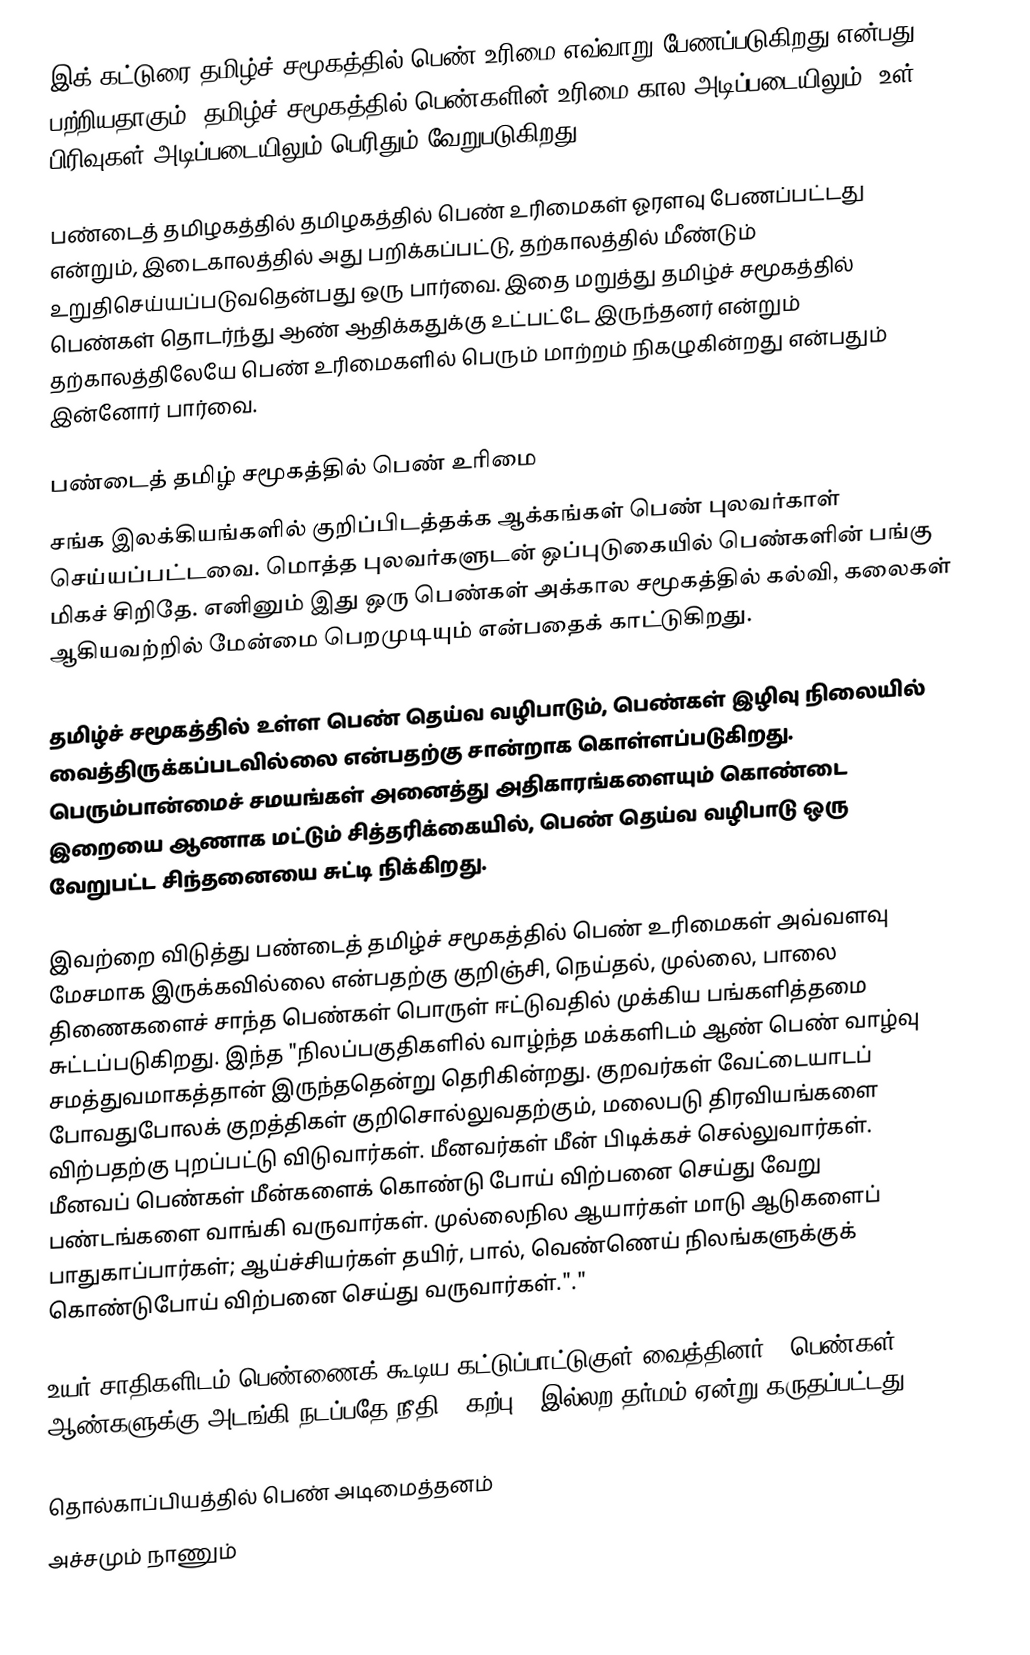
இக் கட்டுரை தமிழ்ச் சமூகத்தில் பெண் உரிமை எவ்வாறு பேணப்படுகிறது என்பது பற்றியதாகும்.  தமிழ்ச் சமூகத்தில் பெண்களின் உரிமை கால அடிப்படையிலும், உள் பிரிவுகள் அடிப்படையிலும் பெரிதும் வேறுபடுகிறது.

பண்டைத் தமிழகத்தில் தமிழகத்தில் பெண் உரிமைகள் ஓரளவு பேணப்பட்டது என்றும், இடைகாலத்தில் அது பறிக்கப்பட்டு, தற்காலத்தில் மீண்டும் உறுதிசெய்யப்படுவதென்பது ஒரு பார்வை.  இதை மறுத்து தமிழ்ச் சமூகத்தில் பெண்கள் தொடர்ந்து ஆண் ஆதிக்கதுக்கு உட்பட்டே இருந்தனர் என்றும் தற்காலத்திலேயே பெண் உரிமைகளில் பெரும் மாற்றம் நிகழுகின்றது என்பதும் இன்னோர் பார்வை.

பண்டைத் தமிழ் சமூகத்தில் பெண் உரிமை
சங்க இலக்கியங்களில் குறிப்பிடத்தக்க ஆக்கங்கள் பெண் புலவர்காள் செய்யப்பட்டவை.  மொத்த புலவர்களுடன் ஒப்புடுகையில் பெண்களின் பங்கு மிகச் சிறிதே.  எனினும் இது ஒரு பெண்கள் அக்கால சமூகத்தில் கல்வி, கலைகள் ஆகியவற்றில் மேன்மை பெறமுடியும் என்பதைக் காட்டுகிறது.

தமிழ்ச் சமூகத்தில் உள்ள பெண் தெய்வ வழிபாடும், பெண்கள் இழிவு நிலையில் வைத்திருக்கப்படவில்லை என்பதற்கு சான்றாக கொள்ளப்படுகிறது.  பெரும்பான்மைச் சமயங்கள் அனைத்து அதிகாரங்களையும் கொண்டை இறையை ஆணாக மட்டும் சித்தரிக்கையில், பெண் தெய்வ வழிபாடு ஒரு வேறுபட்ட சிந்தனையை சுட்டி நிக்கிறது.

இவற்றை விடுத்து பண்டைத் தமிழ்ச் சமூகத்தில் பெண் உரிமைகள் அவ்வளவு மேசமாக இருக்கவில்லை என்பதற்கு குறிஞ்சி, நெய்தல், முல்லை, பாலை திணைகளைச் சாந்த பெண்கள் பொருள் ஈட்டுவதில் முக்கிய பங்களித்தமை சுட்டப்படுகிறது.  இந்த "நிலப்பகுதிகளில் வாழ்ந்த மக்களிடம் ஆண் பெண் வாழ்வு சமத்துவமாகத்தான் இருந்ததென்று தெரிகின்றது.  குறவர்கள் வேட்டையாடப் போவதுபோலக் குறத்திகள் குறிசொல்லுவதற்கும், மலைபடு திரவியங்களை விற்பதற்கு புறப்பட்டு விடுவார்கள்.  மீனவர்கள் மீன் பிடிக்கச் செல்லுவார்கள்.  மீனவப் பெண்கள் மீன்களைக் கொண்டு போய் விற்பனை செய்து வேறு பண்டங்களை வாங்கி வருவார்கள்.  முல்லைநில ஆயார்கள் மாடு ஆடுகளைப் பாதுகாப்பார்கள்; ஆய்ச்சியர்கள் தயிர், பால், வெண்ணெய் நிலங்களுக்குக் கொண்டுபோய் விற்பனை செய்து வருவார்கள்."."

உயர் சாதிகளிடம் பெண்ணைக் கூடிய கட்டுப்பாட்டுகுள் வைத்தினர்.  "பெண்கள் ஆண்களுக்கு அடங்கி நடப்பதே நீதி - கற்பு - இல்லற தர்மம் ஏன்று கருதப்பட்டது."

தொல்காப்பியத்தில் பெண் அடிமைத்தனம்
 அச்சமும் நாணும்